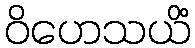
ဝိဟေသယိံ